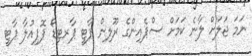
ނަމަ ޖަލަށް ލާނެ ކަމަށް ސްޕެއިންގެ ރޫލިން ޕާޓީ ޕާރޓިޑޯ ޕޮޕިއުލާ ޕާޓީ